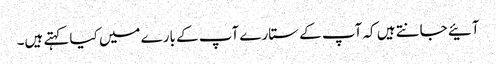
آئیے جانتے ہیں کہ آپ کے ستارے آپ کے بارے میں کیا کہتے ہیں۔